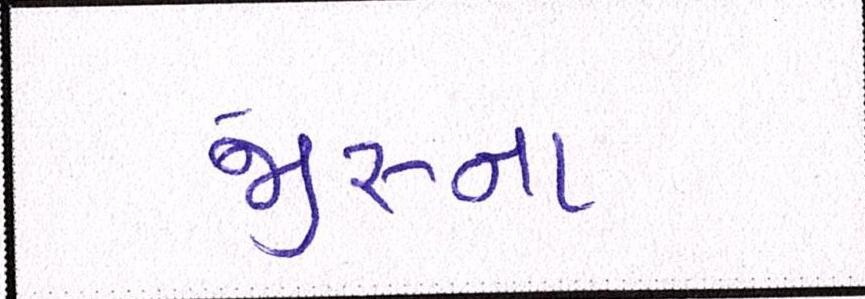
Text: જીરુના